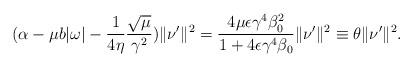
LaTeX: \begin{align*}(\alpha-\mu b|\omega|- \frac{1}{4\eta}\frac{\sqrt{\mu}}{\gamma^2})\|\nu'\|^2= \frac{4\mu \epsilon \gamma^4 \beta_0^2}{1+4\epsilon \gamma^4 \beta_0}\|\nu'\|^2\equiv \theta \|\nu'\|^2 .\end{align*}